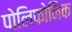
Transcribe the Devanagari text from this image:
पोलिफोनिक